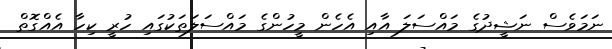
ނަމަވެސް ނަޝީދުގެ މައްސަލަ އާއި އެހެން މީހުންގެ މައްސަލަތަކުގައި ހުރީ ކިހާ އެއްގޮތް